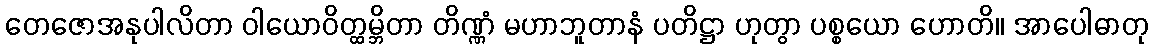
တေဇောအနုပါလိတာ ဝါယောဝိတ္ထမ္ဘိတာ တိဏ္ဏံ မဟာဘူတာနံ ပတိဋ္ဌာ ဟုတွာ ပစ္စယော ဟောတိ။ အာပေါဓာတု